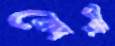
কোশী